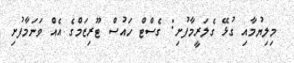
މިލިޔުމާއި ގުޅޭ ގެލަރީމާފުށި: ގެސްޓް ހައުސް ޓޫރިޒަމްގެ އެއް ވަނަމާފުށި